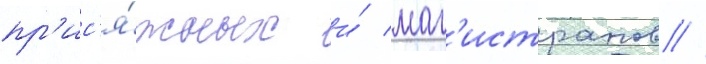
пр'ис'я́жных и́ маг'истратов //